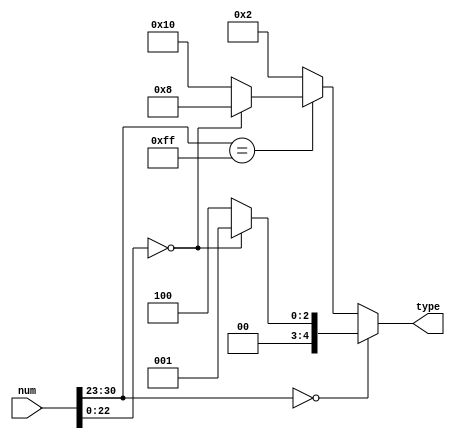
`timescale 1ns / 1ps
//////////////////////////////////////////////////////////////////////////////////
// Company: 
// Engineer: 
// 
// Design Name: 
// Module Name:    FloatType 
// Project Name: 
// Target Devices: 
// Tool versions: 
// Description: 
//
// Dependencies: 
//
// Revision: 
// Revision 0.01 - File Created
// Additional Comments: 
//
//////////////////////////////////////////////////////////////////////////////////
module FloatType(
    input [31:0] num,
    output reg [4:0] type
    );
	 
	 always @(*) begin
	     if (num[30:23] == 8'd0) begin
		      if (num[22:0] == 23'd0) begin
				    type = 5'b00001;
				end else begin
				    type = 5'b00100;
				end
		  end else if (num[30:23] == -8'd1) begin
		      if (num[22:0] == 23'd0) begin
				    type = 5'b01000;
				end else begin
				    type = 5'b10000;
				end
		  end else begin
		      type = 5'b00010;
		  end
	 end

endmodule